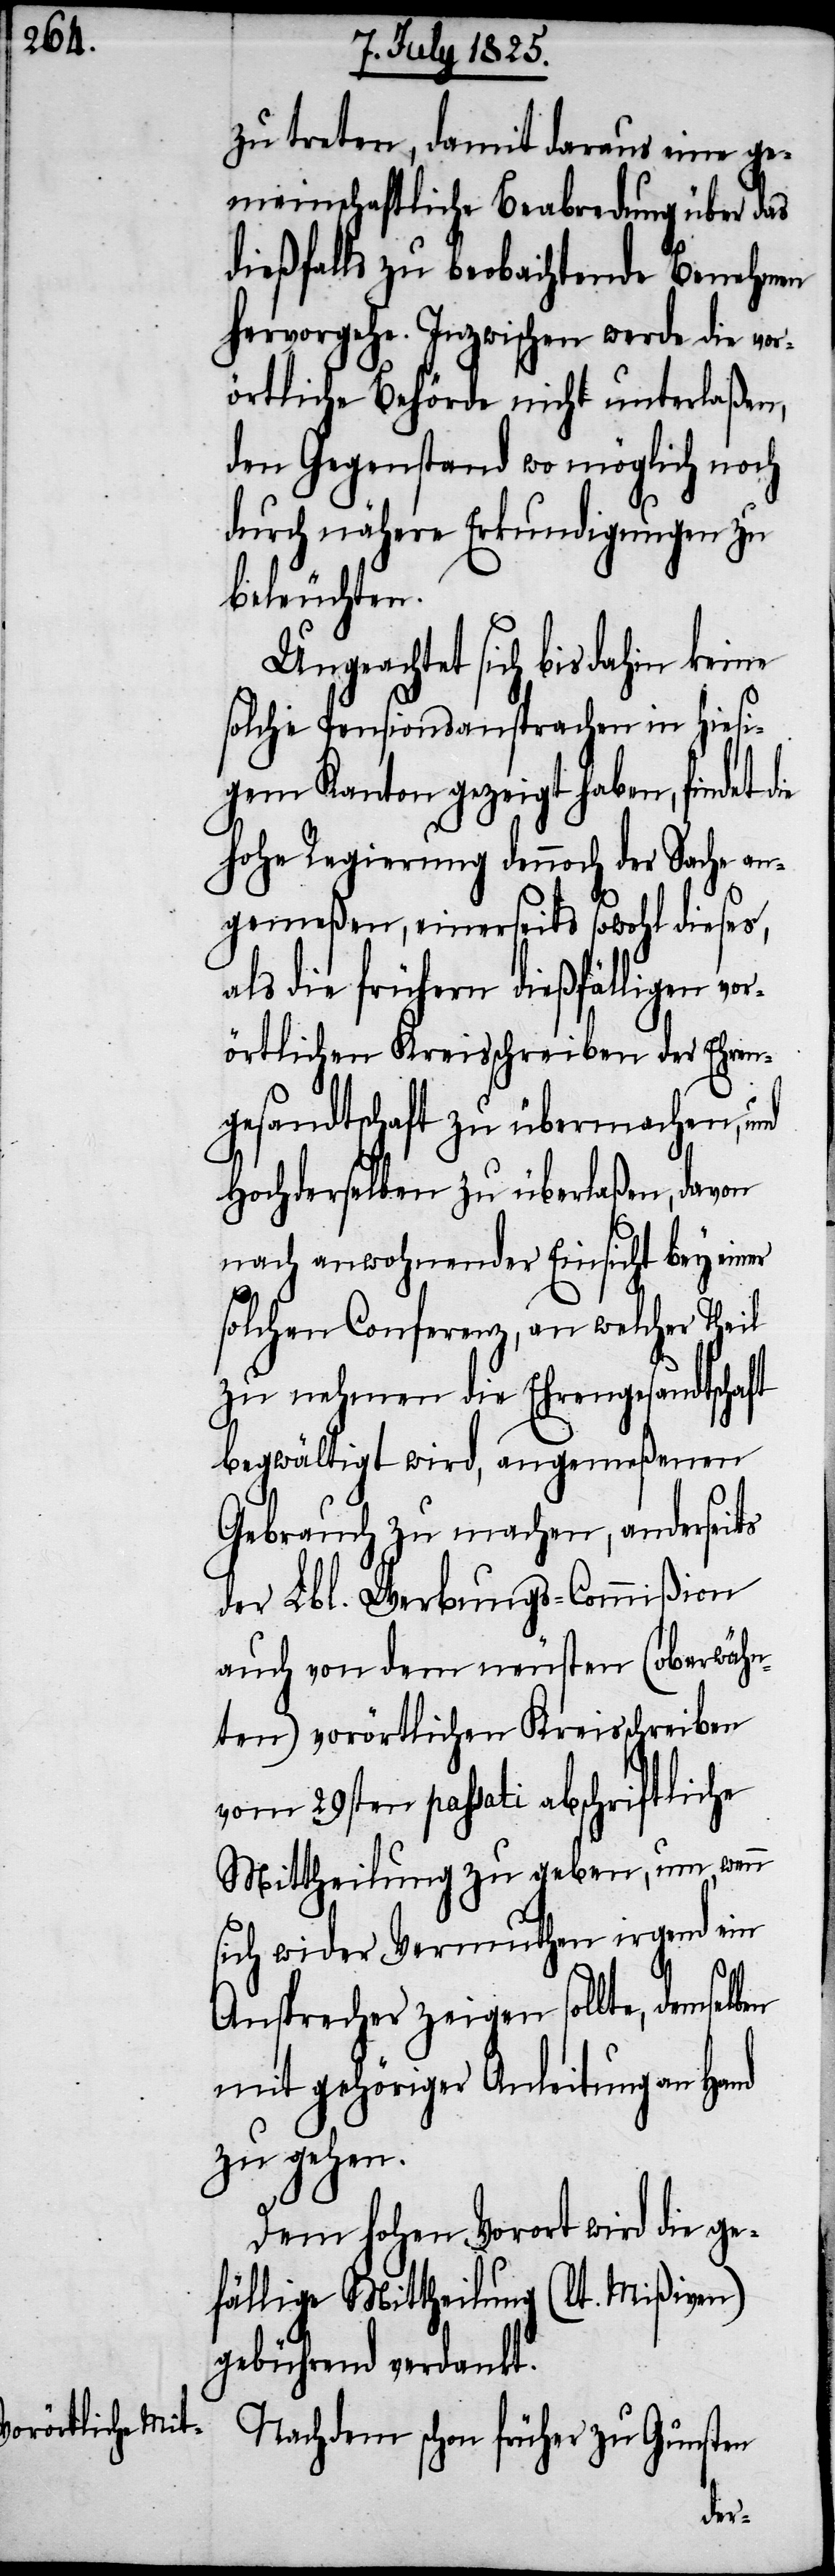
zu treten, damit daraus eine ge¬
meinschaftliche Beabredung über das
dießfalls zu beobachtende Benehmen
hervorgehe. Inzwischen werde die vor¬
örtliche Behörde nicht unterlaßen,
den Gegenstand wo möglich noch
durch nähere Erkundigungen zu
beleuchten.
Ungeachtet sich bis dahin keine
solche Pensionsansprachen in hiesi¬
gem Kanton gezeigt haben, findet d¬
hohe Regierung dennoch der Sache an¬
gemeßen, einerseits wohl dieses,
als die frühern dießfälligen
örtlichen Kreisschreiben der Ehren¬
gesandtschaft zu übermachen, und
Hochderselben zu überlaßen, davon
nach anwohnender Einsicht bey einer
solchen Conferenz, an welcher Theil
zu nehmen die Ehrengesandtschaft
begwältigt wird, angemeßenen
Gebrauch zu machen, anderseits
der Lbl. Werbungs-Commißion
auch von dem neusten (oberwähn¬
ten) vorörtlichen Kreisschreiben
vom 29sten passati abschriftliche
Mittheilung zu geben, um, wenn
sich wider Vermuthen irgend ein
Ansprecher zeigen sollte, demselben
mit gehöriger Anleitung an Hand
zu gehen.
Dem hohen Vorort wird die ge¬
fällige Mittheilung (lt. Mißiven)
gebührend verdankt.
Nachdem schon früher zu Gunsten
vor¬